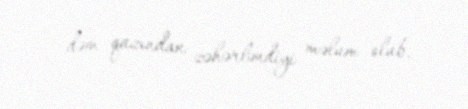
dəm qazından zəhərləndiyi məlum olub.